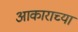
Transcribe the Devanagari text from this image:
अाकाराच्या